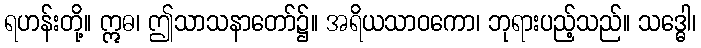
ရဟန်းတို့။ ဣဓ၊ ဤသာသနာတော်၌။ အရိယသာဝကော၊ ဘုရားပည့်သည်။ သဒ္ဓေါ၊